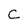
Character: C